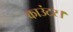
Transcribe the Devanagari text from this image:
काउंटर।